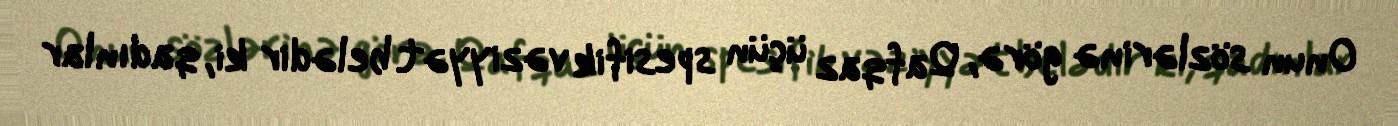
Onun sözlərinə görə, Qafqaz üçün spesifik vəziyyət belədir ki, qadınlar